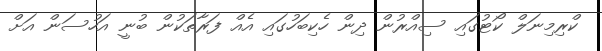
ކްރިމިނަލް ކޯޓުގައި ސިއްރުން ދިން ހެކިބަހުގައި އެއް ފަރާތަކުން ބުނީ އަހުސަން އަށް